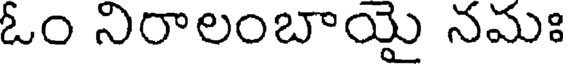
ఓం నిరాలంబాయై నమః